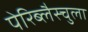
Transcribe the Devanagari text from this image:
पेरिब्लैस्चुला